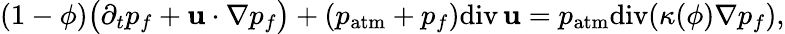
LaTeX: (1-\phi)\big(\partial_{t}p_{f}+{\mathbf u}\cdot\nabla p_{f}\big)+(p_{\mathrm{atm}}+p_{f})\mathrm{div}\, {\mathbf u}=p_{\mathrm{atm}}\mathrm{div}(\kappa(\phi)\nabla p_{f}),